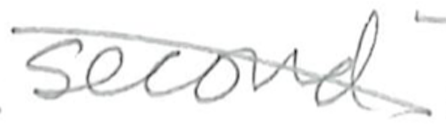
Text: second
Cross-out: diagonal
Writing tool: pencil